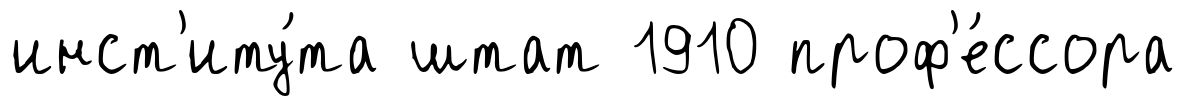
инст'иту́та штат 1910 проф'е́ссора